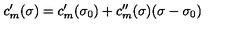
c _ { m } ^ { \prime } ( \sigma ) = c _ { m } ^ { \prime } ( \sigma _ { 0 } ) + c _ { m } ^ { \prime \prime } ( \sigma ) ( \sigma - \sigma _ { 0 } )